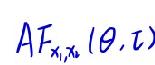
$AF_{x_1,x_2}(\theta,\tau)$